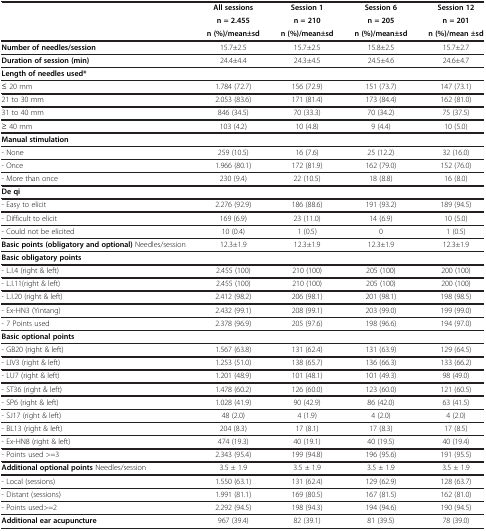
<table><thead><tr><td><b> </b></td><td><b>All sessions</b></td><td><b>Session 1</b></td><td><b>Session 6</b></td><td><b>Session 12</b></td></tr><tr><td><b> </b></td><td><b>n = 2.455</b></td><td><b>n = 210</b></td><td><b>n = 205</b></td><td><b>n = 201</b></td></tr><tr><td><b> </b></td><td><b>n (%)/mean±sd</b></td><td><b>n (%)/mean±sd</b></td><td><b>n (%)/mean±sd</b></td><td><b>n (%)/mean ±sd</b></td></tr></thead><tbody><tr><td><b>Number of needles/session</b></td><td>15.7±2.5</td><td>15.7±2.5</td><td>15.8±2.5</td><td>15.7±2.7</td></tr><tr><td><b>Duration of session (min)</b></td><td>24.4±4.4</td><td>24.3±4.5</td><td>24.5±4.6</td><td>24.6±4.7</td></tr><tr><td><b>Length of needles used*</b></td><td> </td><td> </td><td> </td><td> </td></tr><tr><td>≤ 20 mm</td><td>1.784 (72.7)</td><td>156 (72.9)</td><td>151 (73.7)</td><td>147 (73.1)</td></tr><tr><td>21 to 30 mm</td><td>2.053 (83.6)</td><td>171 (81.4)</td><td>173 (84.4)</td><td>162 (81.0)</td></tr><tr><td>31 to 40 mm</td><td>846 (34.5)</td><td>70 (33.3)</td><td>70 (34.2)</td><td>75 (37.5)</td></tr><tr><td>≥ 40 mm</td><td>103 (4.2)</td><td>10 (4.8)</td><td>9 (4.4)</td><td>10 (5.0)</td></tr><tr><td><b>Manual stimulation</b></td><td> </td><td> </td><td> </td><td> </td></tr><tr><td>- None</td><td>259 (10.5)</td><td>16 (7.6)</td><td>25 (12.2)</td><td>32 (16.0)</td></tr><tr><td>- Once</td><td>1.966 (80.1)</td><td>172 (81.9)</td><td>162 (79.0)</td><td>152 (76.0)</td></tr><tr><td>- More than once</td><td>230 (9.4)</td><td>22 (10.5)</td><td>18 (8.8)</td><td>16 (8.0)</td></tr><tr><td><b>De qi</b></td><td> </td><td> </td><td> </td><td> </td></tr><tr><td>- Easy to elicit</td><td>2.276 (92.9)</td><td>186 (88.6)</td><td>191 (93.2)</td><td>189 (94.5)</td></tr><tr><td>- Difficult to elicit</td><td>169 (6.9)</td><td>23 (11.0)</td><td>14 (6.9)</td><td>10 (5.0)</td></tr><tr><td>- Could not be elicited</td><td>10 (0.4)</td><td>1 (0.5)</td><td>0</td><td>1 (0.5)</td></tr><tr><td><b>Basic points (obligatory and optional)</b> Needles/session</td><td>12.3±1.9</td><td>12.3±1.9</td><td>12.3±1.9</td><td>12.3±1.9</td></tr><tr><td><b>Basic obligatory points</b></td><td> </td><td> </td><td> </td><td> </td></tr><tr><td>- L.I.4 (right &amp; left)</td><td>2.455 (100)</td><td>210 (100)</td><td>205 (100)</td><td>200 (100)</td></tr><tr><td>- L.I.11(right &amp; left)</td><td>2.455 (100)</td><td>210 (100)</td><td>205 (100)</td><td>200 (100)</td></tr><tr><td>- L.I.20 (right &amp; left)</td><td>2.412 (98.2)</td><td>206 (98.1)</td><td>201 (98.1)</td><td>198 (98.5)</td></tr><tr><td>- Ex-HN3 (Yintang)</td><td>2.432 (99.1)</td><td>208 (99.1)</td><td>203 (99.0)</td><td>199 (99.0)</td></tr><tr><td>- 7 Points used</td><td>2.378 (96.9)</td><td>205 (97.6)</td><td>198 (96.6)</td><td>194 (97.0)</td></tr><tr><td><b>Basic optional points</b></td><td> </td><td> </td><td> </td><td> </td></tr><tr><td>- GB20 (right &amp; left)</td><td>1.567 (63.8)</td><td>131 (62.4)</td><td>131 (63.9)</td><td>129 (64.5)</td></tr><tr><td>- LIV3 (right &amp; left)</td><td>1.253 (51.0)</td><td>138 (65.7)</td><td>136 (66.3)</td><td>133 (66.2)</td></tr><tr><td>- LU7 (right &amp; left)</td><td>1.201 (48.9)</td><td>101 (48.1)</td><td>101 (49.3)</td><td>98 (49.0)</td></tr><tr><td>- ST36 (right &amp; left)</td><td>1.478 (60.2)</td><td>126 (60.0)</td><td>123 (60.0)</td><td>121 (60.5)</td></tr><tr><td>- SP6 (right &amp; left)</td><td>1.028 (41.9)</td><td>90 (42.9)</td><td>86 (42.0)</td><td>63 (41.5)</td></tr><tr><td>- SJ17 (right &amp; left)</td><td>48 (2.0)</td><td>4 (1.9)</td><td>4 (2.0)</td><td>4 (2.0)</td></tr><tr><td>- BL13 (right &amp; left)</td><td>204 (8.3)</td><td>17 (8.1)</td><td>17 (8.3)</td><td>17 (8.5)</td></tr><tr><td>- Ex-HN8 (right &amp; left)</td><td>474 (19.3)</td><td>40 (19.1)</td><td>40 (19.5)</td><td>40 (19.4)</td></tr><tr><td>- Points used &gt;=3</td><td>2.343 (95.4)</td><td>199 (94.8)</td><td>196 (95.6)</td><td>191 (95.5)</td></tr><tr><td><b>Additional optional points</b> Needles/session</td><td>3.5 ± 1.9</td><td>3.5 ± 1.9</td><td>3.5 ± 1.9</td><td>3.5 ± 1.9</td></tr><tr><td>- Local (sessions)</td><td>1.550 (63.1)</td><td>131 (62.4)</td><td>129 (62.9)</td><td>128 (63.7)</td></tr><tr><td>- Distant (sessions)</td><td>1.991 (81.1)</td><td>169 (80.5)</td><td>167 (81.5)</td><td>162 (81.0)</td></tr><tr><td>- Points used&gt;=2</td><td>2.292 (94.5)</td><td>198 (94.3)</td><td>194 (94.6)</td><td>190 (94.5)</td></tr><tr><td><b>Additional ear acupuncture</b></td><td>967 (39.4)</td><td>82 (39.1)</td><td>81 (39.5)</td><td>78 (39.0)</td></tr></tbody></table>